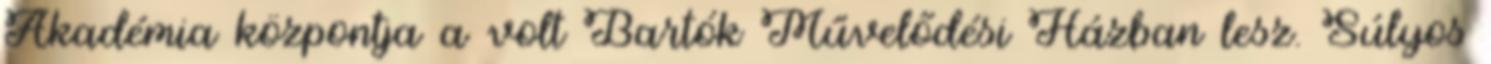
Akadémia központja a volt Bartók Művelődési Házban lesz. Súlyos